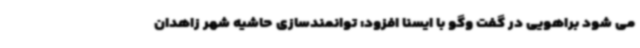
می شود براهویی در گفت وگو با ایسنا افزود: توانمندسازی حاشیه شهر زاهدان